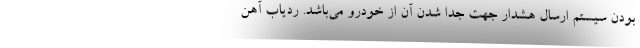
بودن سیستم ارسال هشدار جهت جدا شدن آن از خودرو می‌باشد. ردیاب آهن